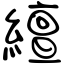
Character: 繵